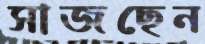
সাজছেন